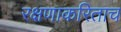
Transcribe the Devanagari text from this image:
रक्षणाकरिताच